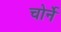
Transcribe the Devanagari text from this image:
चोर्ने